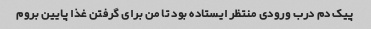
پیک دم درب ورودی منتظر ایستاده بود تا من برای گرفتن غذا پایین بروم